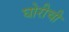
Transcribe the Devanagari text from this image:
घोरीची